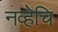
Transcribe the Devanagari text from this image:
नव्हेचि